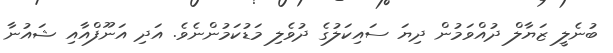
ބުނެލީ ޒަޔާލް ދުއްވަމުން ދިޔަ ސައިކަލުގެ ދުވެލި މަޑުކަމުންނެވެ. އަދި އަނޫފްއާއި ޝައުނާ